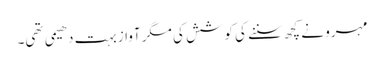
مہرو نے کچھ سننے کی کوشش کی مگر آواز بہت دھیمی تھی۔